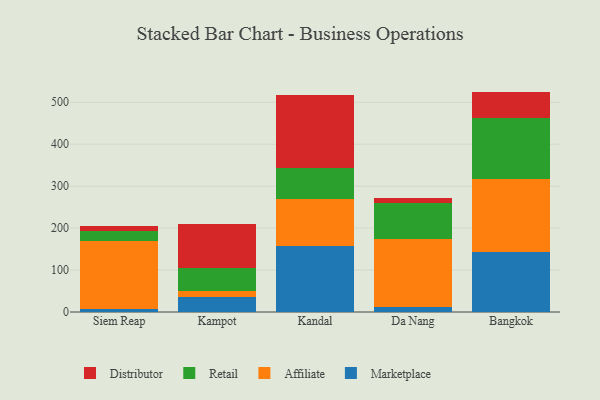
{"axis": {"x": "City", "y": "Headcount"}, "legend": ["Affiliate", "Distributor", "Marketplace", "Retail"], "data": [{"x": "Siem Reap", "y": 6.6, "type": "Marketplace"}, {"x": "Siem Reap", "y": 163.3, "type": "Affiliate"}, {"x": "Siem Reap", "y": 23.8, "type": "Retail"}, {"x": "Siem Reap", "y": 10.9, "type": "Distributor"}, {"x": "Kampot", "y": 36.7, "type": "Marketplace"}, {"x": "Kampot", "y": 14.0, "type": "Affiliate"}, {"x": "Kampot", "y": 53.9, "type": "Retail"}, {"x": "Kampot", "y": 105.5, "type": "Distributor"}, {"x": "Kandal", "y": 158.2, "type": "Marketplace"}, {"x": "Kandal", "y": 111.1, "type": "Affiliate"}, {"x": "Kandal", "y": 74.3, "type": "Retail"}, {"x": "Kandal", "y": 174.2, "type": "Distributor"}, {"x": "Da Nang", "y": 11.3, "type": "Marketplace"}, {"x": "Da Nang", "y": 163.3, "type": "Affiliate"}, {"x": "Da Nang", "y": 85.5, "type": "Retail"}, {"x": "Da Nang", "y": 12.2, "type": "Distributor"}, {"x": "Bangkok", "y": 142.0, "type": "Marketplace"}, {"x": "Bangkok", "y": 174.8, "type": "Affiliate"}, {"x": "Bangkok", "y": 145.8, "type": "Retail"}, {"x": "Bangkok", "y": 62.9, "type": "Distributor"}]}